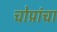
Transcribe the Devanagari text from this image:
चोप्रांचा